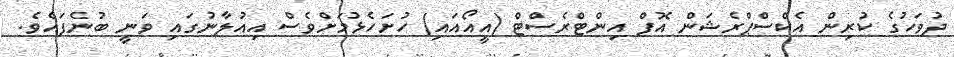
ދުވަހުގެ ކުރިން އެކްސްޕްރެޝަން އޮފް އިންޓްރެސްޓް (އީއޯއައި) ހުށަހެޅުމަށްވެސް އިއުލާނުގައި ވަނީ ބުނެފައެވެ.